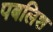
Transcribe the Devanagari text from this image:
पबलिश